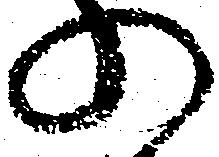
の